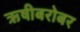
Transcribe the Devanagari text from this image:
ऋषीबरोबर